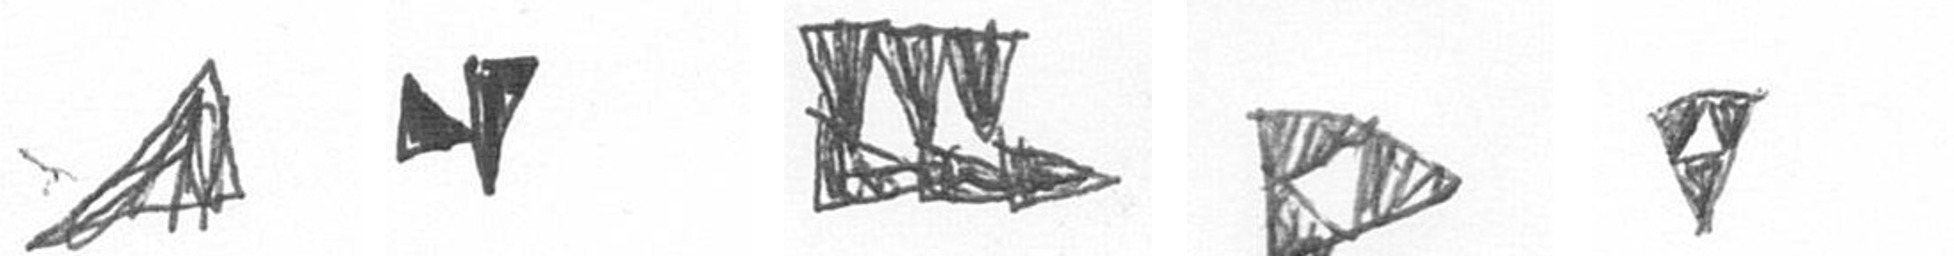
O M D K S